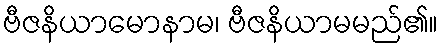
ဗီဇနိယာမောနာမ၊ ဗီဇနိယာမမည်၏။